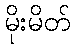
မိုးမိတ်